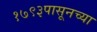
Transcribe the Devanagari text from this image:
१७९३पासूनच्या